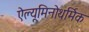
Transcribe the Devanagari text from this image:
ऐल्यूमिनोथर्मिक